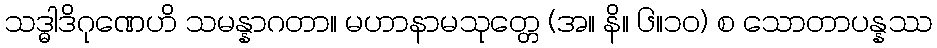
သဒ္ဓါဒိဂုဏေဟိ သမန္နာဂတာ။ မဟာနာမသုတ္တေ (အ။ နိ။ ၆။၁၀) စ သောတာပန္နဿ